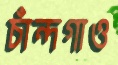
চাঁন্দগাও